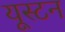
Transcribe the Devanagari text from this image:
यूस्टन